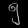
Digit: ၅